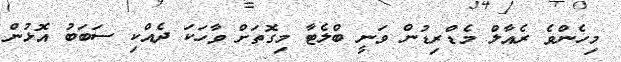
މިހެންވެ ރެއާލް މެޑްރިޑުން ވަނީ ބްލެޓާ މިގޮތަށް ވާހަކަ ދެއްކި ސަބަބު އޮޅުން